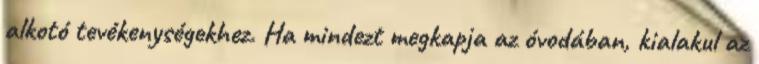
alkotó tevékenységekhez. Ha mindezt megkapja az óvodában, kialakul az